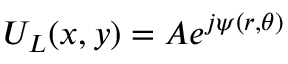
U _ { L } ( x , y ) = A e ^ { j \psi ( r , \theta ) }